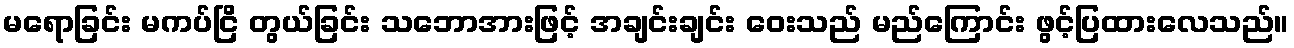
မရောခြင်း မကပ်ငြိ တွယ်ခြင်း သဘောအားဖြင့် အချင်းချင်း ဝေးသည် မည်ကြောင်း ဖွင့်ပြထားလေသည်။